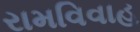
રામવિવાહ